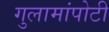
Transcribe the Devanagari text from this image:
गुलामांपोटी